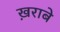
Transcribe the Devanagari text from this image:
ख़राबे